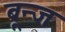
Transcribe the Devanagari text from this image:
ब्रून्ज